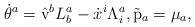
LaTeX: \begin{align*}{\dot \theta}^a=\hat{\rm v}^b L^a_b - {\dot x}^i \Lambda^a_i, \tilde{\rm p}_a = \mu_a,\end{align*}